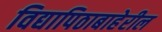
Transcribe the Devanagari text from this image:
विद्यापिठाबाहेरील